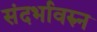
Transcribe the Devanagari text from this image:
संदर्भावरुन